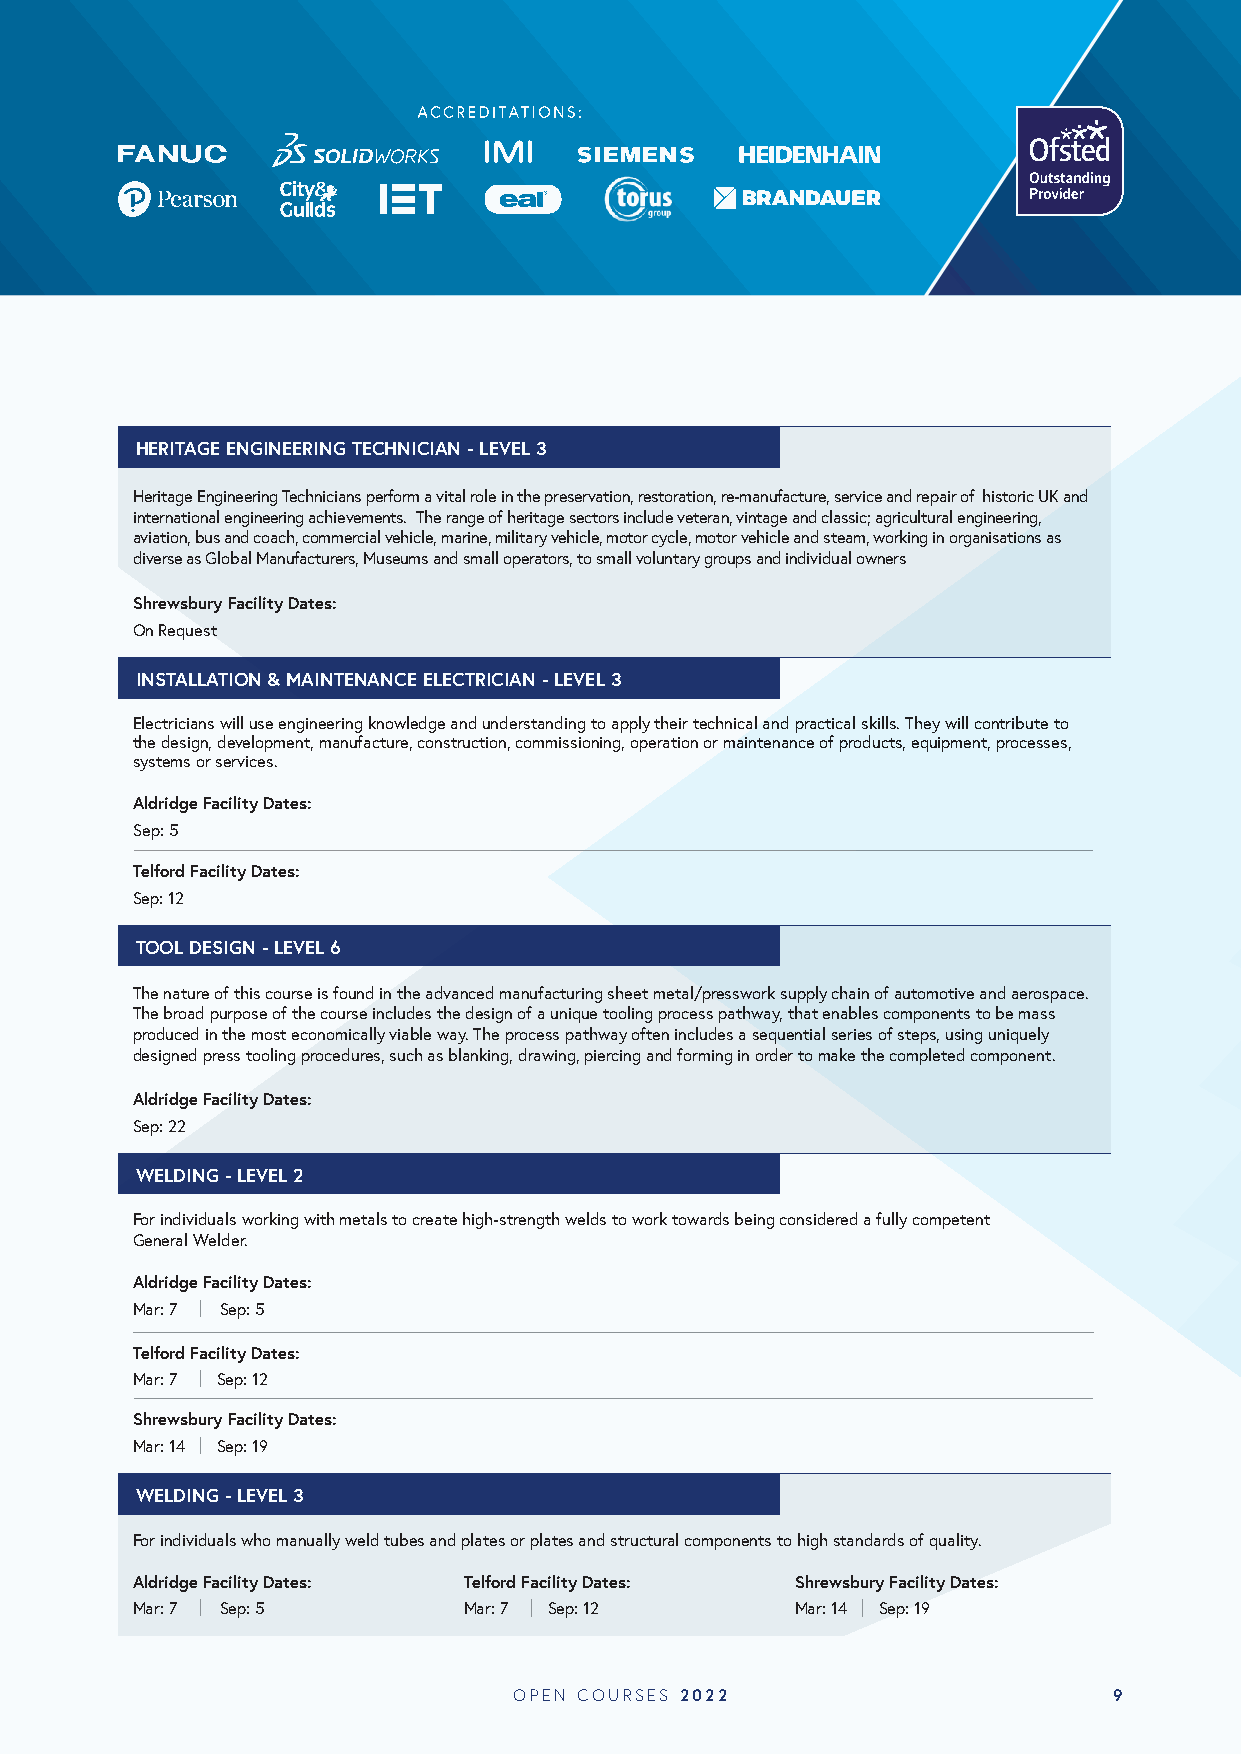
HERITAGE ENGINEERING TECHNICIAN - LEVEL 3
 Heritage Engineering Technicians perform a vital role in the preservation, restoration, re-manufacture, service and repair of historic UK and
 international engineering achievements. The range of heritage sectors include veteran, vintage and classic; agricultural engineering,
 aviation, bus and coach, commercial vehicle, marine, military vehicle, motor cycle, motor vehicle and steam, working in organisations as
 diverse as Global Manufacturers, Museums and small operators, to small voluntary groups and individual owners
 Shrewsbury Facility Dates:
 On Request
 INSTALLATION & MAINTENANCE ELECTRICIAN - LEVEL 3
 Electricians will use engineering knowledge and understanding to apply their technical and practical skills. They will contribute to
 the design, development, manufacture, construction, commissioning, operation or maintenance of products, equipment, processes,
 systems or services.
 Aldridge Facility Dates:
 Sep: 5
 Telford Facility Dates:
 Sep: 12
 TOOL DESIGN - LEVEL 6
 The nature of this course is found in the advanced manufacturing sheet metal/presswork supply chain of automotive and aerospace.
 The broad purpose of the course includes the design of a unique tooling process pathway, that enables components to be mass
 produced in the most economically viable way. The process pathway often includes a sequential series of steps, using uniquely
 designed press tooling procedures, such as blanking, drawing, piercing and forming in order to make the completed component.
 Aldridge Facility Dates:
 Sep: 22
 WELDING - LEVEL 2
 For individuals working with metals to create high-strength welds to work towards being considered a fully competent
 General Welder.
 Aldridge Facility Dates:
 Mar: 7 Sep: 5
 Telford Facility Dates:
 Mar: 7 Sep: 12
 Shrewsbury Facility Dates:
 Mar: 14 Sep: 19
 WELDING - LEVEL 3
 For individuals who manually weld tubes and plates or plates and structural components to high standards of quality.
 Aldridge Facility Dates: Telford Facility Dates: Shrewsbury Facility Dates:
 Mar: 7 Sep: 5         Mar: 7 Sep: 12        Mar: 14 Sep: 19
 OPEN COURSES 2022                       9